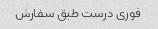
فوری درست طبق سفارش